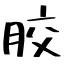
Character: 胶